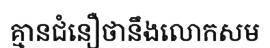
គ្មានជំនឿថានឹងលោកសម